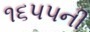
૧૬૫૫ની